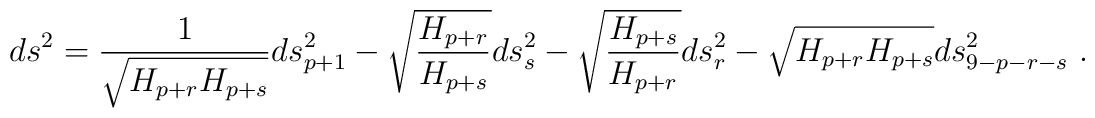
ds^2 = {1\over \sqrt {H_{p+r}H_{p+s}}}ds^2_{p+1} - \sqrt {{H_{p+r}\over H_{p+s}}}ds^2_s - \sqrt {{H_{p+s}\over H_{p+r}}}ds^2_r - \sqrt {H_{p+r}H_{p+s}} ds^2_{9-p-r-s} \ .